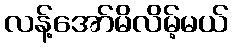
လန့်အော်မိလိမ့်မယ်